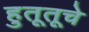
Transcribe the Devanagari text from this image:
हुतूतूचे